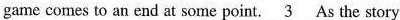
game comes to an end at some point. \underline{3} As the story